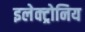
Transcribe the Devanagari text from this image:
इलेक्ट्रोनिय